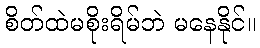
စိတ်ထဲမစိုးရိမ်ဘဲ မနေနိုင်။